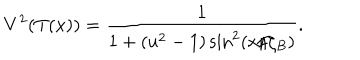
LaTeX: V ^ { 2 } ( T ( x ) ) = \frac { 1 } { 1 + ( u ^ { 2 } - 1 ) \sin ^ { 2 } ( x / \zeta _ { B } ) } .